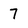
Character: 7